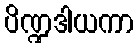
ပိဏ္ဍဒါယကာ